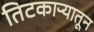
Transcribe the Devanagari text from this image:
तिटकाऱ्यातून